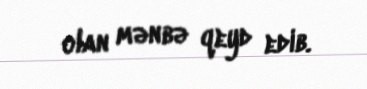
olan mənbə qeyd edib.